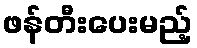
ဖန်တီးပေးမည့်